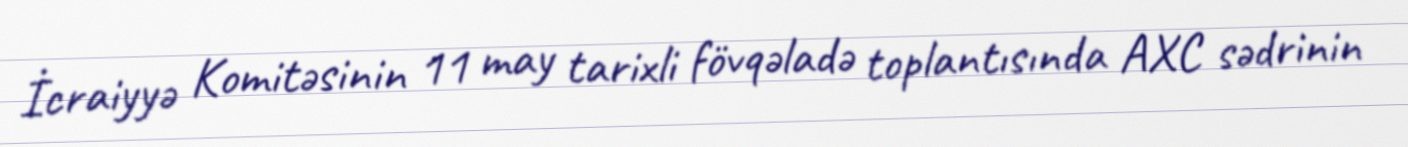
İcraiyyə Komitəsinin 11 may tarixli fövqəladə toplantısında AXC sədrinin